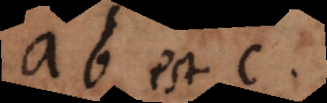
ab est ac.